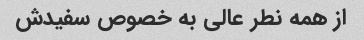
از همه نطر عالی به خصوص سفیدش